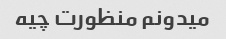
میدونم منظورت چیه